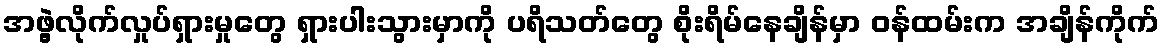
အဖွဲ့လိုက်လှုပ်ရှားမှုတွေ ရှားပါးသွားမှာကို ပရိသတ်တွေ စိုးရိမ်နေချိန်မှာ ဝန်ထမ်းက အချိန်ကိုက်